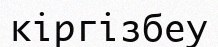
кіргізбеу